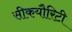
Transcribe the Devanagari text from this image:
सीकयौरिटी